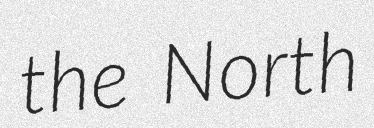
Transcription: the North